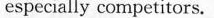
especially competitors.